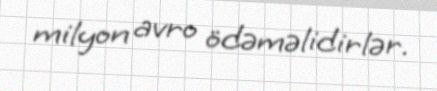
milyon avro ödəməlidirlər.